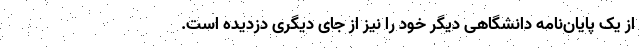
از یک پایان‌نامه دانشگاهی دیگر خود را نیز از جای دیگری دزدیده است.